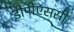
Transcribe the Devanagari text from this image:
डीपीएससी